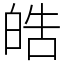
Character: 皓